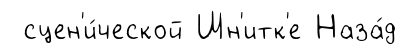
сцен'и́ческой Шн'итк'е Наза́д